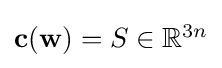
{\textstyle \mathbf {c} (\mathbf {w} )=S\in \mathbb {R} ^{3n}}